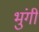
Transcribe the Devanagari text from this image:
भुंगी